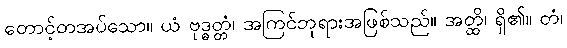
တောင့်တအပ်သော။ ယံ ဗုဒ္ဓတ္တံ၊ အကြင်ဘုရားအဖြစ်သည်။ အတ္ထိ၊ ရှိ၏။ တံ၊